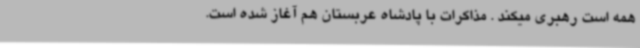
همه است رهبری میکند . مذاکرات با پادشاه عربستان هم آغاز شده است.